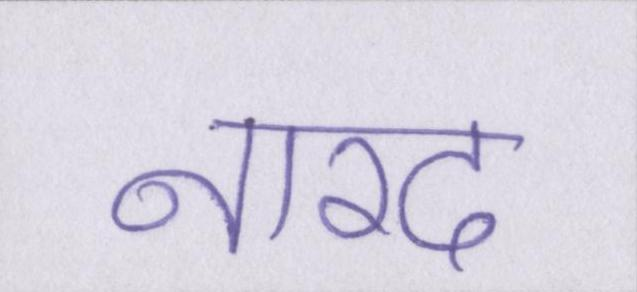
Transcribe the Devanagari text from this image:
नारद